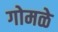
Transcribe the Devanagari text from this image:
गोमळे